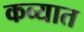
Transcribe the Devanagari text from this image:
कव्यात